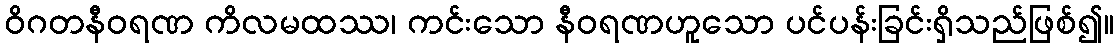
ဝိဂတနီဝရဏ ကိလမထဿ၊ ကင်းသော နီဝရဏဟူသော ပင်ပန်းခြင်းရှိသည်ဖြစ်၍။